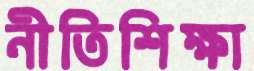
নীতিশিক্ষা